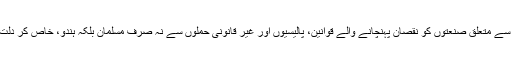
رپورٹ کہتی ہے، مویشیوں سے متعلق صنعتوں کو نقصان پہنچانے والے قوانین، پالیسیوں اور غیر قانونی حملوں سے نہ صرف مسلمان بلکہ ہندو، خاص کر دلت، بھی کافی متاثر ہوئے ہیں۔